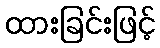
ထားခြင်းဖြင့်